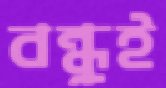
বন্ধুই